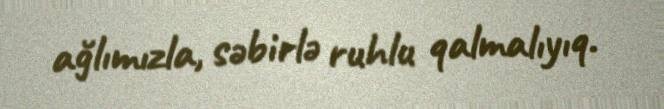
ağlımızla, səbirlə ruhlu qalmalıyıq.